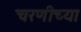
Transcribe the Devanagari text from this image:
चरणीच्या